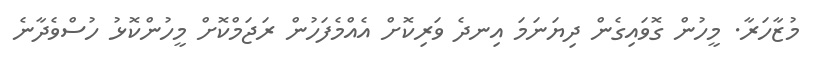
މުޒާހަރާ. މީހުން ގޮވައިގެން ދިޔަނަމަ އިނދެ ވަރިކޮށް އެއްމެފަހުން ރަޖަމްކޮށް މީހުންކޮޅު ހުސްވެދާނެ